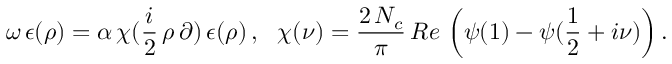
\omega \, \epsilon ( \rho ) = \alpha \, \chi ( \frac i 2 \, \rho \, \partial ) \, \epsilon ( \rho ) \, , \, \, \, \, \chi ( \nu ) = \frac { 2 \, N _ { c } } \pi \, R e \, \left( \psi ( 1 ) - \psi ( \frac 1 2 + i \nu ) \right) .